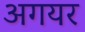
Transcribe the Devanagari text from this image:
अगयर